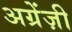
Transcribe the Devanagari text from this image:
अग्रेंज़ी